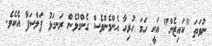
ނުވަތަ "ކައިޒެން" އަކީ ހަމަ ހުރިހާ އެންމެންވެސް ގެންގުޅެން ރަނގަޅު ފަލްސަފާ އެކެވެ.